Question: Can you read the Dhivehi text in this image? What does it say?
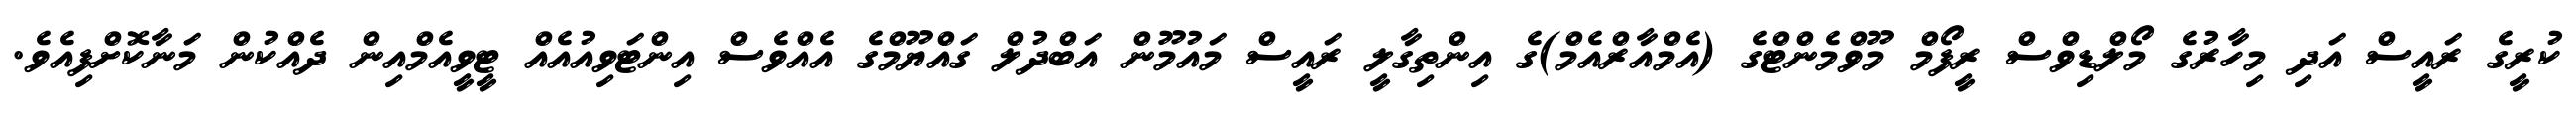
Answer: ކުރީގެ ރައީސް އަދި މިހާރުގެ މޯލްޑިވްސް ރީފޯމް މޫވްމެންޓްގެ (އެމްއާރްއެމް)ގެ އިންތިގާލީ ރައީސް މައުމޫން އަބްދުލް ގައްޔޫމްގެ އެއްވެސް އިންޓަވިއުއެއް ޓީވީއެމްއިން ދެއްކުން މަނާކޮށްފިއެވެ.